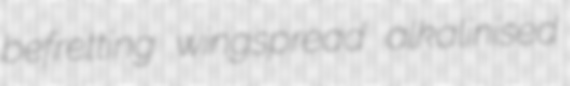
befretting wingspread alkalinised